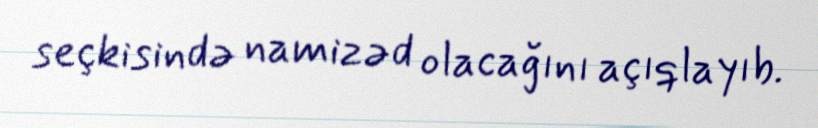
seçkisində namizəd olacağını açıqlayıb.